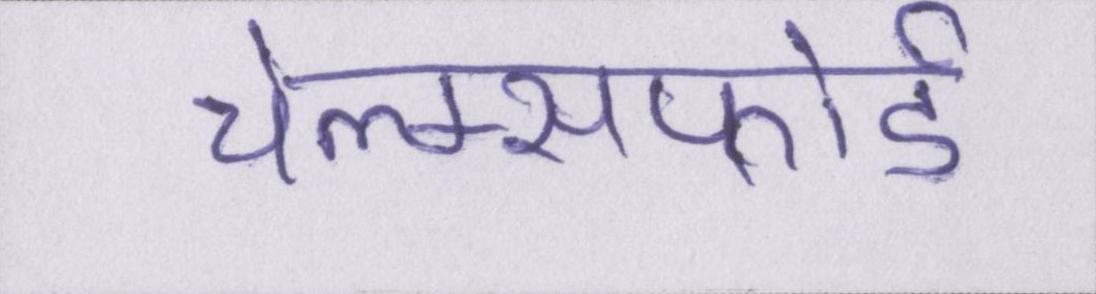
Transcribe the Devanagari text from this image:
चेल्म्सफोर्ड